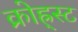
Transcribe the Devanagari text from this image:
क्रोह्र्स्ट